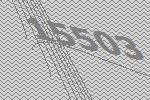
15503